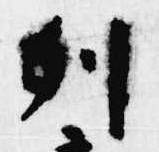
列